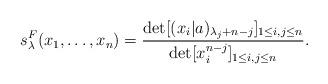
LaTeX: \begin{align*} s^{F}_\lambda (x_1,\dots, x_n)=\frac{ \det [(x_i|a)_{\lambda_j+n-j} ]_{1\le i, j\le n} }{ \det[x^{n-j}_i]_{1\le i, j\le n} }. \end{align*}